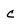
Character: C